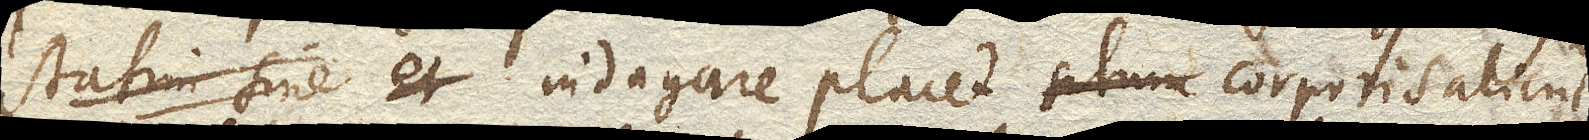
statim sine et indagare placet situm corporis alicujus